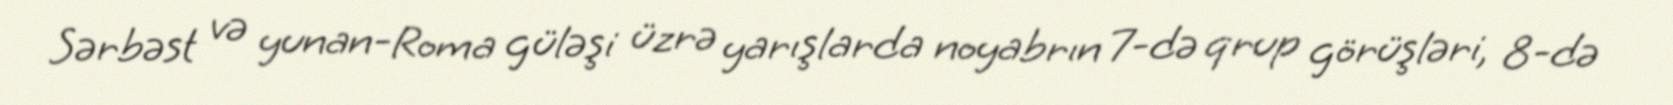
Sərbəst və yunan-Roma güləşi üzrə yarışlarda noyabrın 7-də qrup görüşləri, 8-də